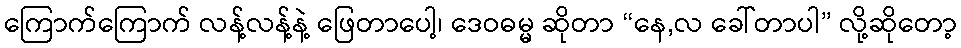
ကြောက်ကြောက် လန့်လန့်နဲ့ ဖြေတာပေါ့၊ ဒေဝဓမ္မ ဆိုတာ “နေ,လ ခေါ်တာပါ” လို့ဆိုတော့